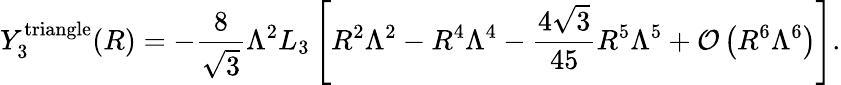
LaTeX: Y_{3}^{\mathrm{triangle}}(R)=-\frac{8}{\sqrt 3}\Lambda^{2}L_{3}\left[R^{2}\Lambda^{2}-R^{4}\Lambda^{4}-\frac{4\sqrt 3}{45}R^{5}\Lambda^{5}+{\cal O}\left(R^{6}\Lambda^{6}\right)\right].